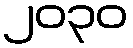
၂၀၃၀